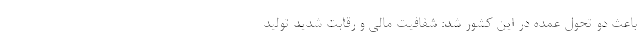
باعث دو تحولِ عمده در این کشور شد: شفافیت مالی و رقابت شدید تولید